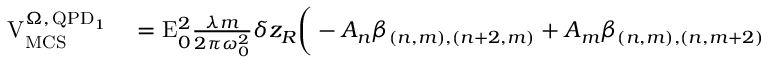
\begin{array} { r l } { \mathrm { V } _ { \mathrm { M C S } } ^ { \Omega , \, \mathrm { Q P D } _ { 1 } } } & { { } = \mathrm { E } _ { 0 } ^ { 2 } \frac { \lambda m } { 2 \pi \omega _ { 0 } ^ { 2 } } \delta z _ { R } \bigg ( - A _ { n } \beta _ { ( n , m ) , ( n + 2 , m ) } + A _ { m } \beta _ { ( n , m ) , ( n , m + 2 ) } } \end{array}